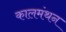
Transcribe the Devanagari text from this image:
कालमंथन